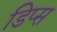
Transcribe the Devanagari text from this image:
डिप्स